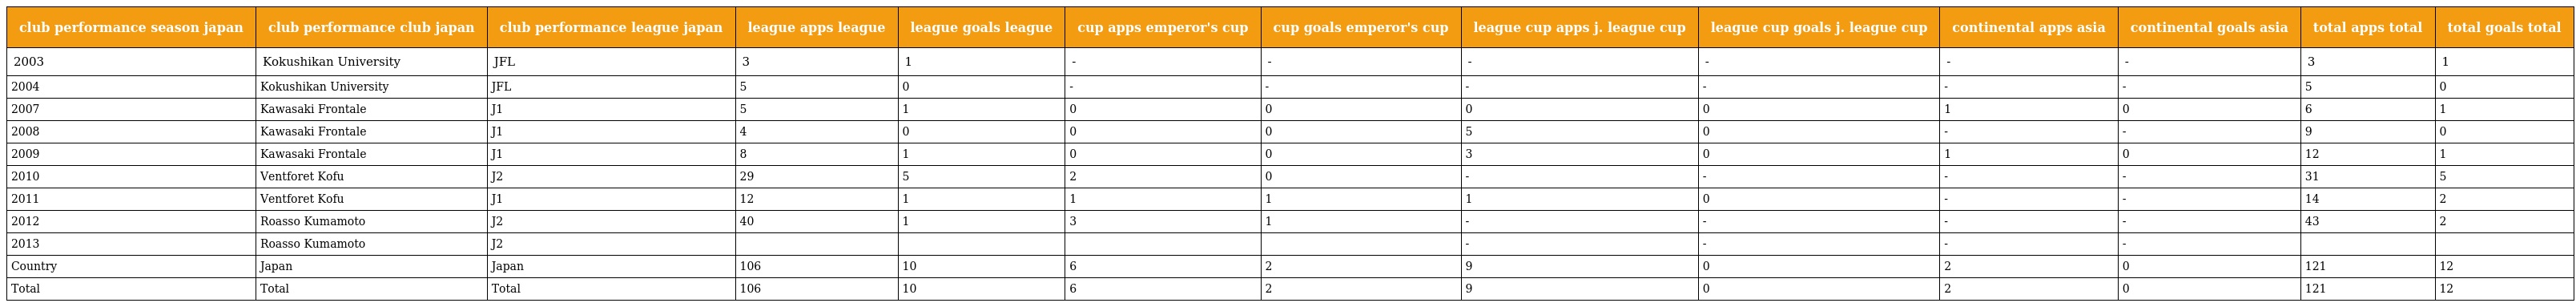
| club performance season japan | club performance club japan | club performance league japan | league apps league | league goals league | cup apps emperor's cup | cup goals emperor's cup | league cup apps j. league cup | league cup goals j. league cup | continental apps asia | continental goals asia | total apps total | total goals total |
 | --- | --- | --- | --- | --- | --- | --- | --- | --- | --- | --- | --- | --- |
 | 2003 | Kokushikan University | JFL | 3 | 1 | - | - | - | - | - | - | 3 | 1 |
 | 2004 | Kokushikan University | JFL | 5 | 0 | - | - | - | - | - | - | 5 | 0 |
 | 2007 | Kawasaki Frontale | J1 | 5 | 1 | 0 | 0 | 0 | 0 | 1 | 0 | 6 | 1 |
 | 2008 | Kawasaki Frontale | J1 | 4 | 0 | 0 | 0 | 5 | 0 | - | - | 9 | 0 |
 | 2009 | Kawasaki Frontale | J1 | 8 | 1 | 0 | 0 | 3 | 0 | 1 | 0 | 12 | 1 |
 | 2010 | Ventforet Kofu | J2 | 29 | 5 | 2 | 0 | - | - | - | - | 31 | 5 |
 | 2011 | Ventforet Kofu | J1 | 12 | 1 | 1 | 1 | 1 | 0 | - | - | 14 | 2 |
 | 2012 | Roasso Kumamoto | J2 | 40 | 1 | 3 | 1 | - | - | - | - | 43 | 2 |
 | 2013 | Roasso Kumamoto | J2 |  |  |  |  | - | - | - | - |  |  |
 | Country | Japan | Japan | 106 | 10 | 6 | 2 | 9 | 0 | 2 | 0 | 121 | 12 |
 | Total | Total | Total | 106 | 10 | 6 | 2 | 9 | 0 | 2 | 0 | 121 | 12 |